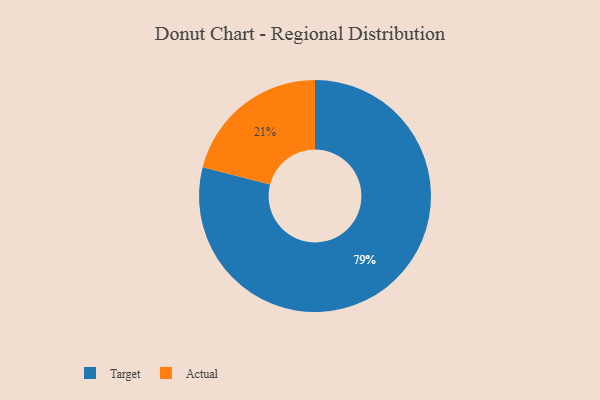
{"axis": {"x": "Category", "y": "Percentage"}, "legend": ["Actual", "Target"], "data": [{"x": "Actual", "y": 21, "type": "Actual"}, {"x": "Target", "y": 79, "type": "Target"}]}